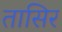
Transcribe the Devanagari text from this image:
तासिर